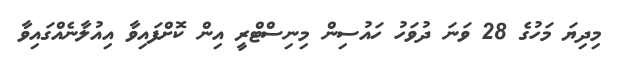
މިދިޔަ މަހުގެ 28 ވަނަ ދުވަހު ހައުސިން މިނިސްޓްރީ އިން ކޮށްފައިވާ އިއުލާނެއްގައިވާ